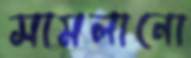
সামলানো